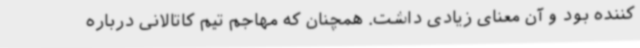
کننده بود و آن معنای زیادی داشت. همچنان که مهاجم تیم کاتالانی درباره